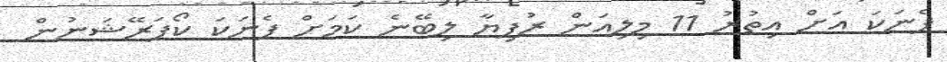
ފެނަކަ އަށް އިތުރު 11 މިލިއަން ރުފިޔާ ލިބޭނެ ކަމަށް ފެނަކަ ކޯޕަރޭޝަނުން